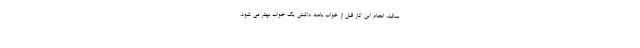
بمالید. انجام این کار قبل از خواب باعث داشتن یک خواب بهتر می شود.